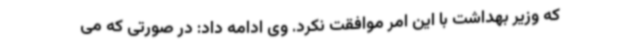
که وزیر بهداشت با این امر موافقت نکرد. وی ادامه داد: در صورتی که می